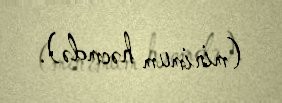
(minimum həcmdə).